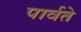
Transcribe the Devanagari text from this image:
पार्वते